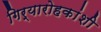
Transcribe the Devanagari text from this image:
गिर्यारोहकांशी